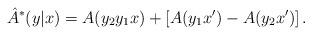
LaTeX: \begin{align*}\hat{A}^*(y|x) = A(y_2y_1x) + \left[ A(y_1x') - A(y_2x') \right].\end{align*}